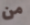
من